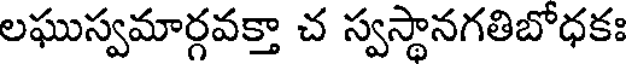
లఘుస్వమార్గవక్తా చ స్వస్థానగతిబోధకః